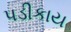
પડીકાય